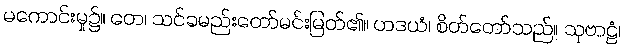
မကောင်းမှု၌။ တေ၊ သင်ခမည်းတော်မင်းမြတ်၏။ ဟဒယံ၊ စိတ်တော်သည်။ သုဗာဠံ၊